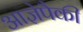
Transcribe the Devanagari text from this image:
आज्ञेपैकी